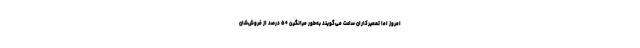
امروز اما تعمیرکاران ساعت می‌گویند به‌طور میانگین ۵۰ درصد از فروش‌شان